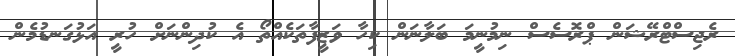
ރެޖިސްޓްރޭޝަން ޕްރޮސެސް ނިމުނީމަ ބަލާނަން ކިހާ ވަޒީފާތަކެއްތޯ އެ ކުދިންނަށް ހުރީ އަޅުގަނޑުމެން